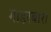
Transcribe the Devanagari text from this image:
गाडरबारा